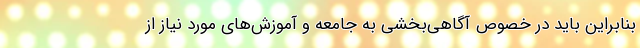
بنابراین باید در خصوص آگاهی‌بخشی به جامعه و آموزش‌های مورد نیاز از